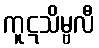
ကူဋသိမ္ဗလီ